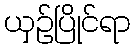
ယှဉ်ပြိုင်ရာ